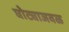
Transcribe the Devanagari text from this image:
घोट्याजवळ